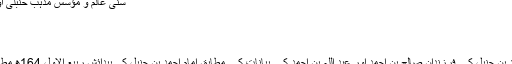
سنی عالم و مؤسس مذہبِ حنبلی اور ائمہ اربعہ میں سے ایک
بغداد، خلافت عباسیہ، عراق
نام اور نسبترميم
ولادت اور بچپنترميم
مشہور روایات اور امام احمد بن حنبل کے فرزندان صالح بن احمد اور عبد اللہ بن احمد کے بیانات کے مطابق امام احمد بن حنبل کی پیدائش ربیع الاول 164ھ مطابق نومبر 780ء میں ہوئی۔